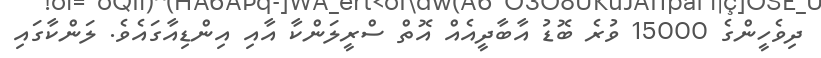
ދިވެހީންގެ 15000 ވުރެ ބޮޑު އާބާދީއެއް އޮތް ސްރީލަންކާ އާއި އިންޑިއާގައެވެ. ލަންކާގައި